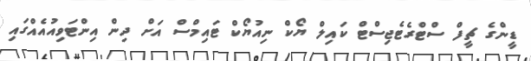
ޑީންގެ ޗީފް ސްޓްރެޓެޖިސްޓް ކައިލް ޔޯކް ނިއުޔޯކް ޓައިމްސް އަށް ދިން އިންޓަވިއުއެއްގައި